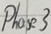
Text: Phase3